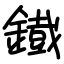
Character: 鐡